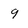
Character: 9